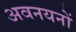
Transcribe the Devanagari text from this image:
अवनयनों